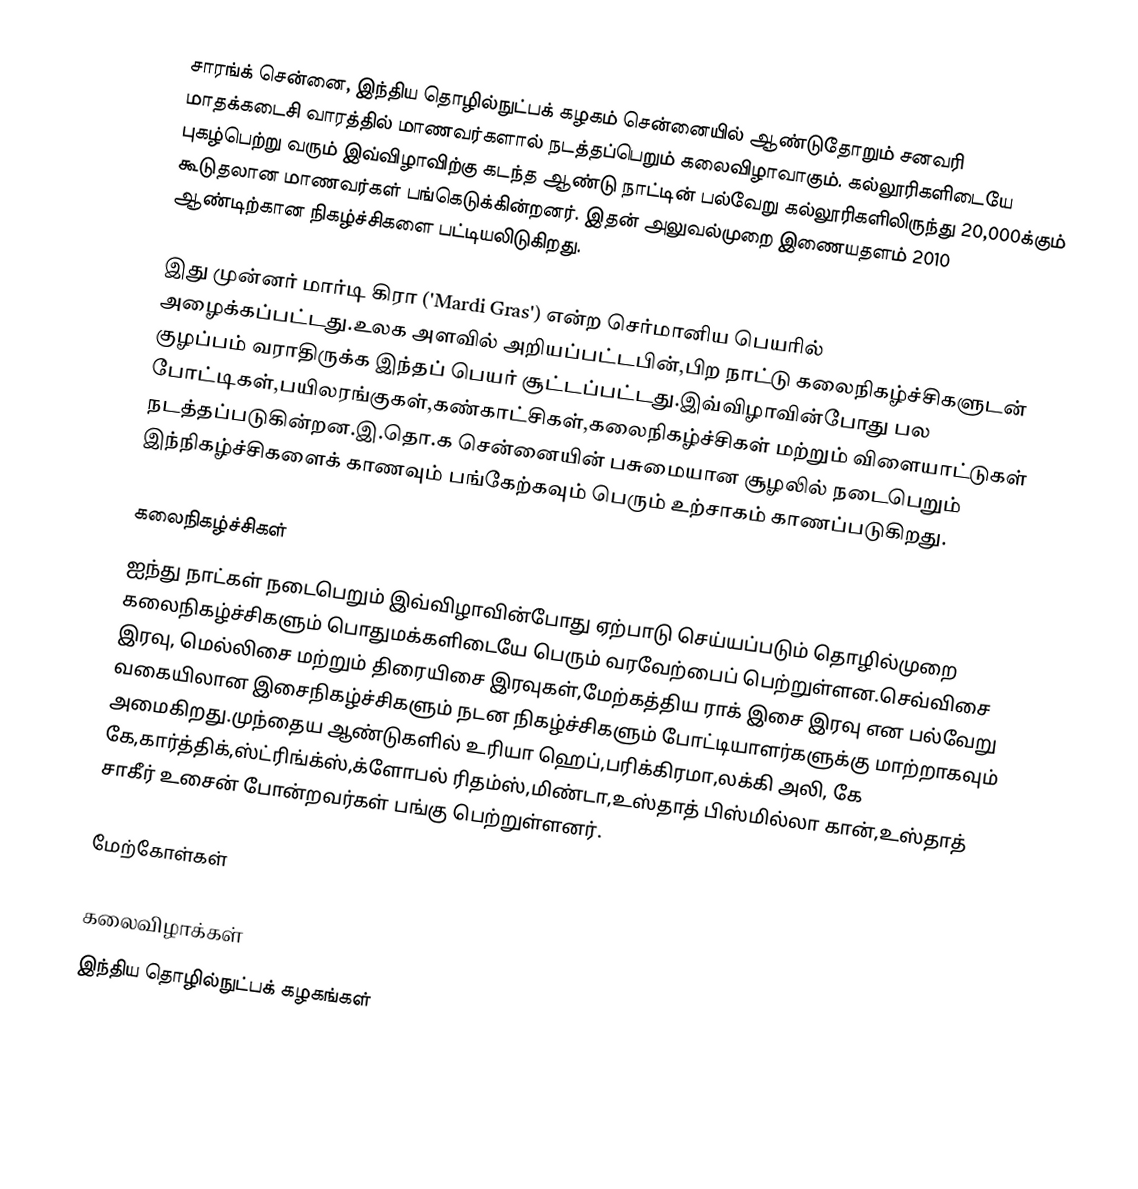
சாரங்க் சென்னை, இந்திய தொழில்நுட்பக் கழகம் சென்னையில் ஆண்டுதோறும் சனவரி மாதக்கடைசி வாரத்தில் மாணவர்களால் நடத்தப்பெறும் கலைவிழாவாகும். கல்லூரிகளிடையே புகழ்பெற்று வரும் இவ்விழாவிற்கு கடந்த ஆண்டு நாட்டின் பல்வேறு கல்லூரிகளிலிருந்து 20,000க்கும் கூடுதலான மாணவர்கள் பங்கெடுக்கின்றனர். இதன்  அலுவல்முறை இணையதளம்  2010 ஆண்டிற்கான நிகழ்ச்சிகளை பட்டியலிடுகிறது.

இது முன்னர் மார்டி கிரா ('Mardi Gras') என்ற செர்மானிய பெயரில் அழைக்கப்பட்டது.உலக அளவில் அறியப்பட்டபின்,பிற நாட்டு கலைநிகழ்ச்சிகளுடன் குழப்பம் வராதிருக்க இந்தப் பெயர் சூட்டப்பட்டது.இவ்விழாவின்போது பல போட்டிகள்,பயிலரங்குகள்,கண்காட்சிகள்,கலைநிகழ்ச்சிகள் மற்றும் விளையாட்டுகள் நடத்தப்படுகின்றன.இ.தொ.க சென்னையின் பசுமையான சூழலில் நடைபெறும் இந்நிகழ்ச்சிகளைக் காணவும் பங்கேற்கவும் பெரும் உற்சாகம் காணப்படுகிறது.

கலைநிகழ்ச்சிகள்
ஐந்து நாட்கள் நடைபெறும் இவ்விழாவின்போது ஏற்பாடு செய்யப்படும் தொழில்முறை கலைநிகழ்ச்சிகளும் பொதுமக்களிடையே பெரும் வரவேற்பைப் பெற்றுள்ளன.செவ்விசை இரவு, மெல்லிசை மற்றும் திரையிசை இரவுகள்,மேற்கத்திய ராக் இசை இரவு என பல்வேறு வகையிலான இசைநிகழ்ச்சிகளும் நடன நிகழ்ச்சிகளும் போட்டியாளர்களுக்கு மாற்றாகவும் அமைகிறது.முந்தைய ஆண்டுகளில் உரியா ஹெப்,பரிக்கிரமா,லக்கி அலி, கே கே,கார்த்திக்,ஸ்ட்ரிங்க்ஸ்,க்ளோபல் ரிதம்ஸ்,மிண்டா,உஸ்தாத் பிஸ்மில்லா கான்,உஸ்தாத் சாகீர் உசைன் போன்றவர்கள் பங்கு பெற்றுள்ளனர்.

மேற்கோள்கள்

கலைவிழாக்கள்
இந்திய தொழில்நுட்பக் கழகங்கள்